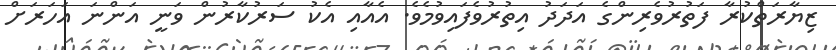
ޒިޔާރަތްކުރާ ފަތުރުވެރިންގެ އަދަދު އިތުރުވެފައިވުމެވެ. އެއާއި އެކު ސަރުކާރުން ވަނީ އަންނަ އަހަރަށް